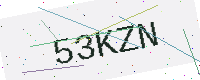
Text: 53KZN